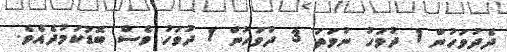
ދެދުވަހުން 1 ދުވަހު ނުވަތަ 3 ދުވަހުން 1 ދުވަހު ވެސް ބޮޑުކަމުދެއެވެ.